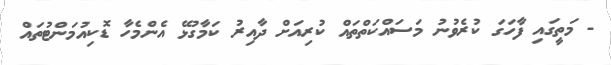
- މަތީގައި ފާހަގަ ކުރެވުނު މަސައްކަތްތައް ކުރިއަށް ދާއިރު ކަމާގުޅޭ އެންމެހާ ޑޮކިއުމަންޓުތައް